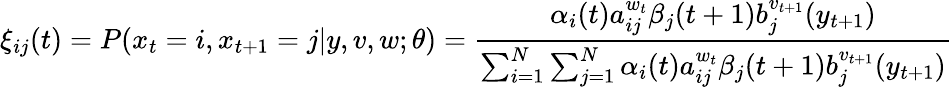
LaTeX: \xi_{ij}(t)=P(x_{t}=i,x_{t+1}=j|y,v,w;\theta)={\frac{\alpha_{i}(t)a_{ij}^{w_{t}}\beta_{j}(t+1)b_{j}^{v_{t+1}}(y_{t+1})}{\sum_{i=1}^{N}\sum_{j=1}^{N}\alpha_{i}(t)a_{ij}^{w_{t}}\beta_{j}(t+1)b_{j}^{v_{t+1}}(y_{t+1})}}